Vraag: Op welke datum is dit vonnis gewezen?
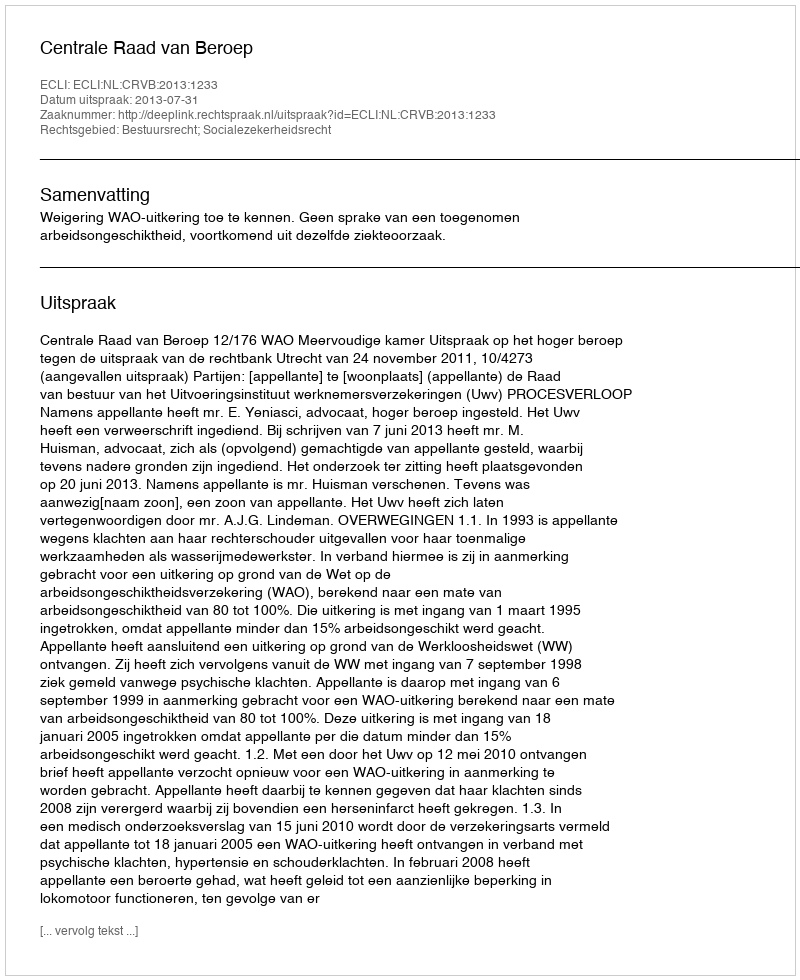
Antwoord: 2013-07-31